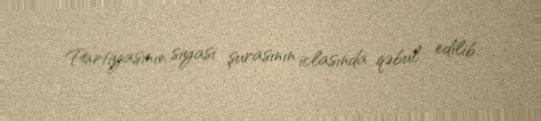
Partiyasının siyasi şurasının iclasında qəbul edilib.